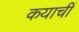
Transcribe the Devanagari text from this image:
कयाचीं